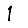
Digit: 1